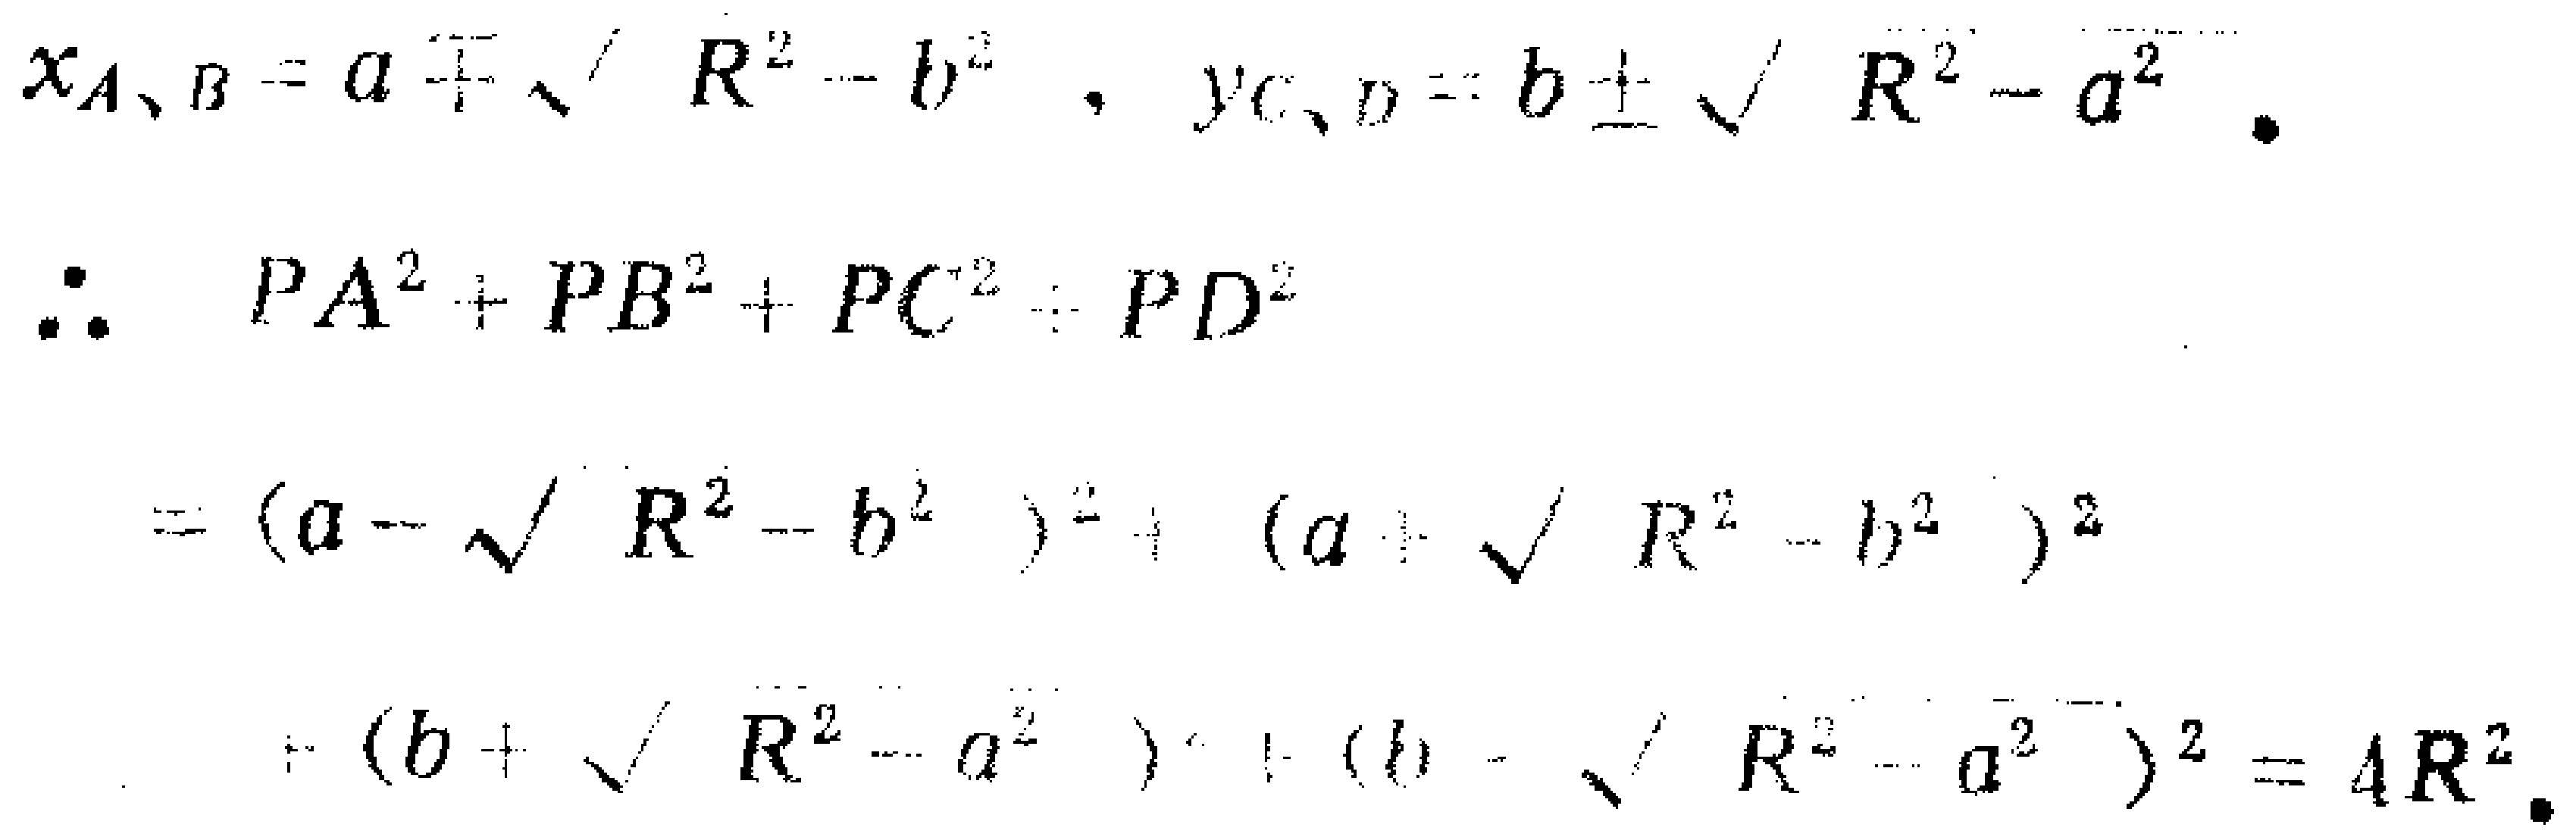
\[
\begin{align*}
x_{A、B}&=a\mp\sqrt{R^{2}-b^{2}},\ y_{C、D}=b\pm\sqrt{R^{2}-a^{2}}.\\
\therefore\ PA^{2}+PB^{2}+PC^{2}+PD^{2}&\\
&=(a - \sqrt{R^{2}-b^{2}})^2+(a+\sqrt{R^{2}-b^{2}})^2\\
&\quad+(b + \sqrt{R^{2}-a^{2}})^2+(b-\sqrt{R^{2}-a^{2}})^2=4R^{2}.
\end{align*}
\]